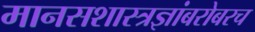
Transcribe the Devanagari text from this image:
मानसशास्त्रज्ञांबरोबरच